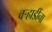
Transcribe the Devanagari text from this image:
वऱ्हाडींना